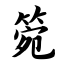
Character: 箢